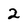
Character: 2